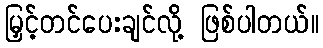
မြှင့်တင်ပေးချင်လို့ ဖြစ်ပါတယ်။